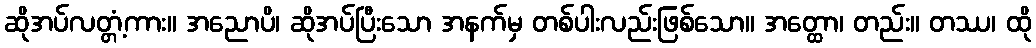
ဆိုအပ်လတ္တံ့ကား။ အညောပိ၊ ဆိုအပ်ပြီးသော အနက်မှ တစ်ပါးလည်းဖြစ်သော။ အတ္ထော၊ တည်း။ တဿ၊ ထို